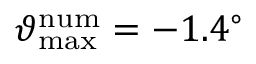
\vartheta _ { \mathrm { m a x } } ^ { \mathrm { n u m } } = - 1 . 4 ^ { \circ }